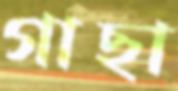
গাছা